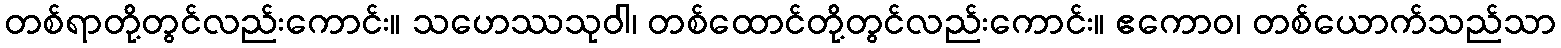
တစ်ရာတို့တွင်လည်းကောင်း။ သဟေဿသုဝါ၊ တစ်ထောင်တို့တွင်လည်းကောင်း။ ဧကောဝ၊ တစ်ယောက်သည်သာ